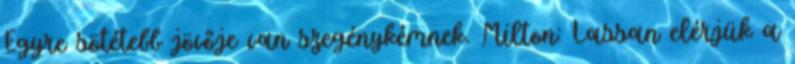
Egyre sötétebb jövője van szegénykémnek. Milton: Lassan elérjük a